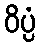
ဝိပ္ပံ